Document type: Sale
Year: 1423
Scribe: Joan Franc
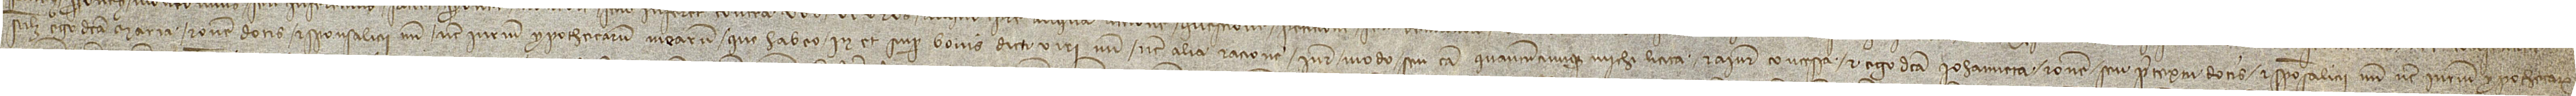
scilicet, ego dicta Maria ratione dotis et sponsalicii mei nec iurium ypothecarum mearum que habeo in et super bonis dicti viri mei, nec alia ratione, iure, modo seu causa quantumcumque michi licita et a iure concessa; et ego dicta Iohanneta ratione seu pretextu dotis et sponsalicii mei nec iurium ypothecarum